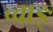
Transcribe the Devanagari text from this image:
च्वाङ्